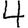
Digit: 4